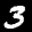
Label: 3